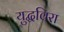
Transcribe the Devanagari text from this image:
युद्धविरा